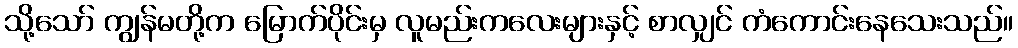
သို့သော် ကျွန်မတို့က မြောက်ပိုင်းမှ လူမည်းကလေးများနှင့် စာလျှင် ကံကောင်းနေသေးသည်။